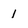
Character: I